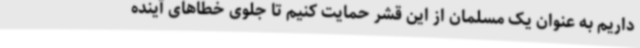
داریم به عنوان یک مسلمان از این قشر حمایت کنیم تا جلوی خطاهای آینده